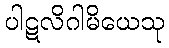
ပါဋလိဂါမိယေသု